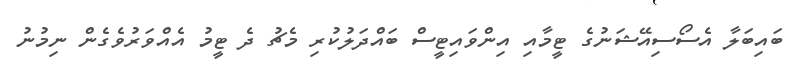
ބައިބަލާ އެސޯސިއޭޝަނުގެ ޓީމާއި އިންވައިޓީސް ބައްދަލުކުރި މެޗު ދެ ޓީމު އެއްވަރުވެގެން ނިމުނު